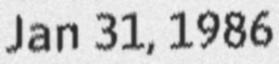
Jan 31, 1986